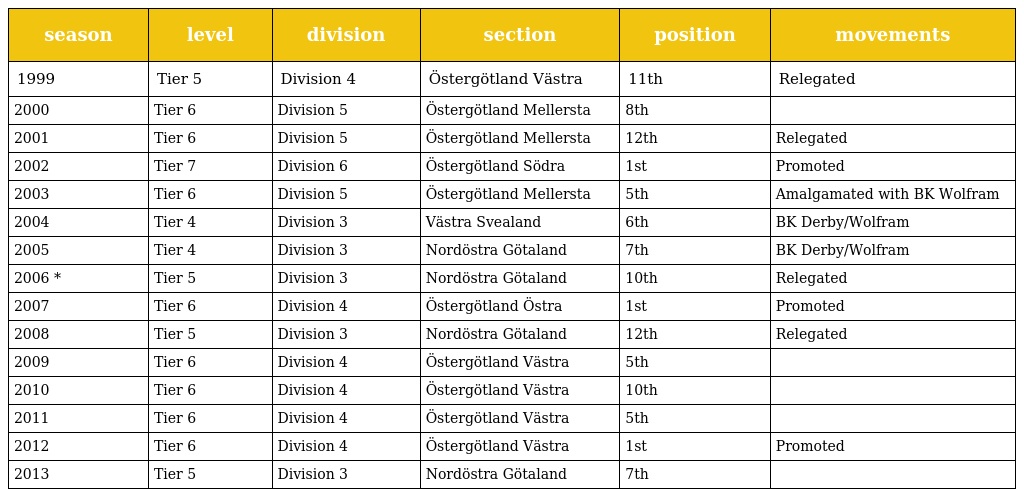
| season | level | division | section | position | movements |
 | --- | --- | --- | --- | --- | --- |
 | 1999 | Tier 5 | Division 4 | Östergötland Västra | 11th | Relegated |
 | 2000 | Tier 6 | Division 5 | Östergötland Mellersta | 8th |  |
 | 2001 | Tier 6 | Division 5 | Östergötland Mellersta | 12th | Relegated |
 | 2002 | Tier 7 | Division 6 | Östergötland Södra | 1st | Promoted |
 | 2003 | Tier 6 | Division 5 | Östergötland Mellersta | 5th | Amalgamated with BK Wolfram |
 | 2004 | Tier 4 | Division 3 | Västra Svealand | 6th | BK Derby/Wolfram |
 | 2005 | Tier 4 | Division 3 | Nordöstra Götaland | 7th | BK Derby/Wolfram |
 | 2006 * | Tier 5 | Division 3 | Nordöstra Götaland | 10th | Relegated |
 | 2007 | Tier 6 | Division 4 | Östergötland Östra | 1st | Promoted |
 | 2008 | Tier 5 | Division 3 | Nordöstra Götaland | 12th | Relegated |
 | 2009 | Tier 6 | Division 4 | Östergötland Västra | 5th |  |
 | 2010 | Tier 6 | Division 4 | Östergötland Västra | 10th |  |
 | 2011 | Tier 6 | Division 4 | Östergötland Västra | 5th |  |
 | 2012 | Tier 6 | Division 4 | Östergötland Västra | 1st | Promoted |
 | 2013 | Tier 5 | Division 3 | Nordöstra Götaland | 7th |  |